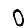
Digit: 0